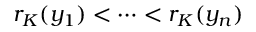
r _ { K } ( y _ { 1 } ) < \dots < r _ { K } ( y _ { n } )